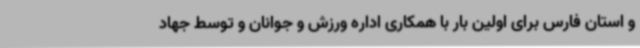
و استان فارس برای اولین بار با همکاری اداره ورزش و جوانان و توسط جهاد